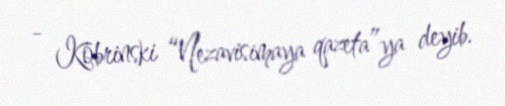
- Kobrinski “Nezavisimaya qazeta”ya deyib.